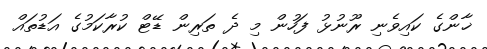
ޚާންގެ ކައިވެނި ރޫނުޅު ފަހުން މި ދެ ތަރިން ޑޭޓް ކުރާކަމުގެ އަޑުތައް